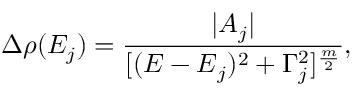
\Delta \rho ( E _ { j } ) = \frac { | A _ { j } | } { [ ( E - E { _ j } ) ^ { 2 } + \Gamma _ { j } ^ { 2 } ] ^ { \frac { m } { 2 } } } ,